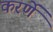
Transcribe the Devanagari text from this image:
करर्णे